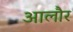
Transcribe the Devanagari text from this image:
आलौर